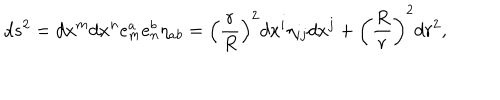
d s ^ { 2 } = d x ^ { m } d x ^ { n } e _ { m } ^ { a } e _ { n } ^ { b } \eta _ { a b } = \left( { \frac { r } { R } } \right) ^ { 2 } d x ^ { i } \eta _ { i j } d x ^ { j } + \left( \frac R r \right) ^ { 2 } d r ^ { 2 } ,